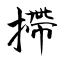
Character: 摕